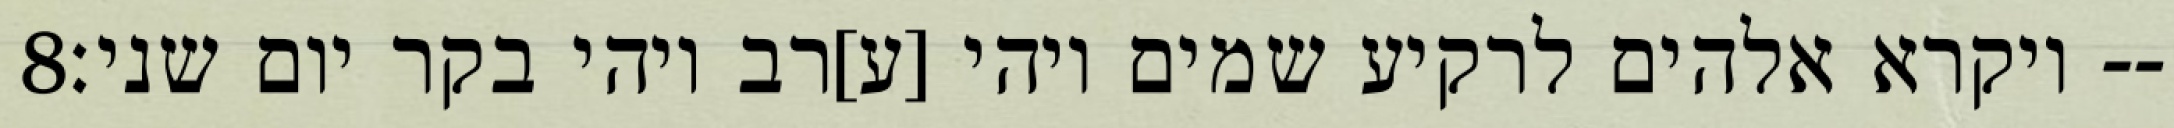
‎8‏ ויקרא אלהים לרקיע שמים ויהי [ע]רב ויהי בקר יום שני׃--